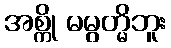
အစ္ကို မမွတ္မိဘူး